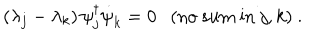
LaTeX: ( \lambda _ { j } - \lambda _ { k } ) \, \psi _ { j } ^ { \dagger } { \dot { \psi } } _ { k } ^ { } = 0 \mathrm { ( n o ~ s u m ~ i n } ~ j , k \mathrm { ) } ~ .